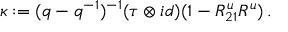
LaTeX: \kappa : = ( q - q ^ { - 1 } ) ^ { - 1 } ( \tau \otimes i d ) ( 1 - R _ { 2 1 } ^ { u } R ^ { u } ) \, .